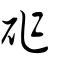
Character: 砟